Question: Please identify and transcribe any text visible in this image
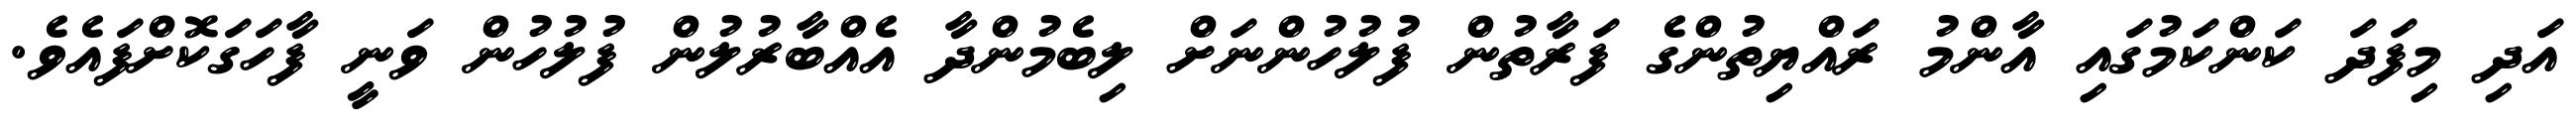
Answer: އަދި މިފަދަ ކަންކަމުގައި އާންމު ރައްޔިތުންގެ ފަރާތުން ފުލުހުންނަށް ލިބެމުންދާ އެއްބާރުލުން ފުލުހުން ވަނީ ފާހަގަކޮށްފައެވެ.